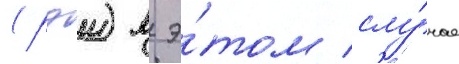
(рэи) в э́том слу́чае